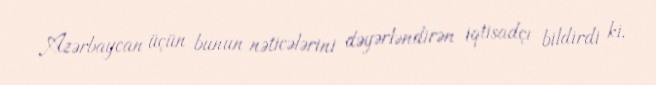
Azərbaycan üçün bunun nəticələrini dəyərləndirən iqtisadçı bildirdi ki,